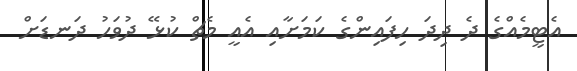
އެޓީމެއްގެ ދެ ދިދަ ހިފައިންގެ ކަމަށާއި އެއީ މެޗް ކުޅޭ ދުވަހު ދަނޑަށް